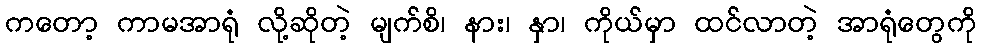
ကတော့ ကာမအာရုံ လို့ဆိုတဲ့ မျက်စိ၊ နား၊ နှာ၊ ကိုယ်မှာ ထင်လာတဲ့ အာရုံတွေကို